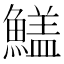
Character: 𩺻